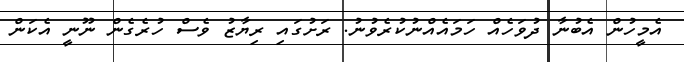
އެމީހުން އެބުނާ ދުވަހެއް ހަމައެއްނުކުރެވުނު. ރަށުގައި ރިޔާޒު ވެސް ހުރެގެން ނޫނީ އެކަން